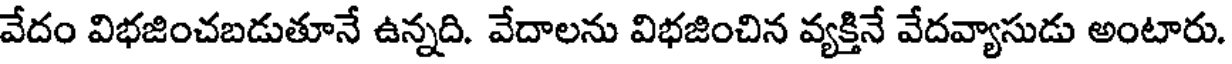
వేదం విభజించబడుతూనే ఉన్నది. వేదాలను విభజించిన వ్యక్తినే వేదవ్యాసుడు అంటారు.